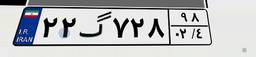
۲۲گ۷۲۸۹۸